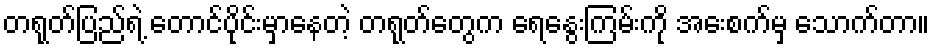
တရုတ်ပြည်ရဲ့ တောင်ပိုင်းမှာနေတဲ့ တရုတ်တွေက ရေနွေးကြမ်းကို အေးစက်မှ သောက်တာ။